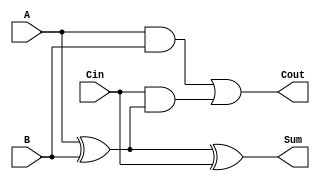
module full_adder (
    input  wire A,      // First input
    input  wire B,      // Second input
    input  wire Cin,    // Carry input
    output wire Sum,    // Sum output
    output wire Cout     // Carry output
);
    assign Sum = A ^ B ^ Cin; // Sum bit
    assign Cout = (A & B) | (Cin & (A ^ B)); // Carry out
endmodule